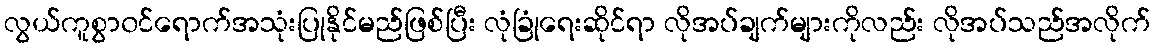
လွယ်ကူစွာ၀င်ရောက်အသုံးပြုနိုင်မည်ဖြစ်ပြီး လုံခြုံရေးဆိုင်ရာ လိုအပ်ချက်များကိုလည်း လိုအပ်သည်အလိုက်